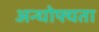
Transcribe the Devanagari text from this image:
अन्थोफ्यता